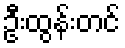
ဦးထွန်းတင်